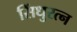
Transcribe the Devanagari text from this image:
सिंधुरत्न